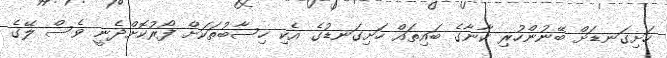
ހަށިގަނޑަށް ބޭނުންހުރި ކާނާގެ ބައިތައް ހަށިގަނޑުގެ އެކި ހިސާބުތަކަށް ފޯރުކޮށްދެނީ ވެސް ލޭގެ